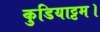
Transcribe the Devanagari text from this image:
कुडियाट्टम।